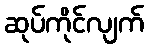
ဆုပ်ကိုင်လျက်